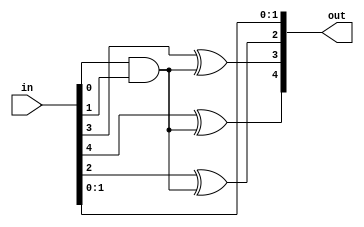
module mexor(
    input [4:0] in,
    output [4:0] out
    );
wire w;
assign w = in[0] & in[1];
assign out[0] = in[0];
assign out[1] = in[1];
assign out[2] = in[2] ^ w;
assign out[3] = in[3] ^ w;
assign out[4] = in[4] ^ w;


endmodule